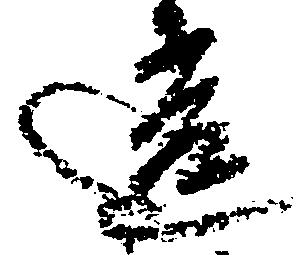
違